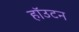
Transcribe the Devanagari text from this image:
हॉउटन